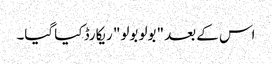
اس کے بعد "بولو بولو" ریکارڈ کیا گیا۔